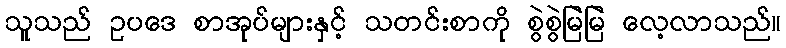
သူသည် ဥပဒေ စာအုပ်များနှင့် သတင်းစာကို စွဲစွဲမြဲမြဲ လေ့လာသည်။